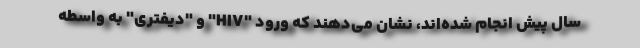
سال پیش انجام شده‌اند، نشان می‌دهند که ورود "HIV" و "دیفتری" به واسطه